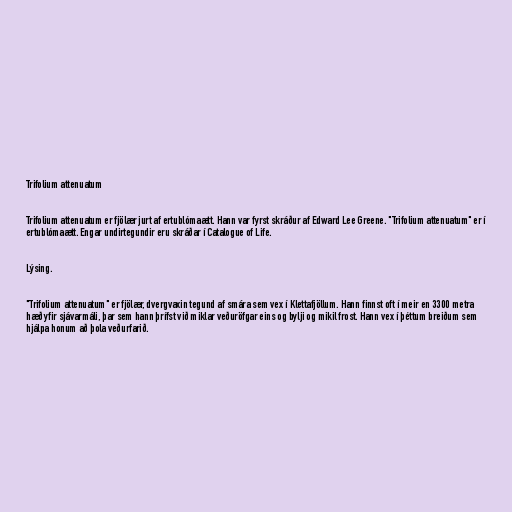
Trifolium attenuatum

Trifolium attenuatum er fjölær jurt af ertublómaætt. Hann var fyrst skráður af Edward Lee Greene. "Trifolium attenuatum" er í
ertublómaætt. Engar undirtegundir eru skráðar í Catalogue of Life.

Lýsing.

"Trifolium attenuatum" er fjölær, dvergvaxin tegund af smára sem vex í Klettafjöllum. Hann finnst oft í meir en 3300 metra
hæð yfir sjávarmáli, þar sem hann þrífst við miklar veðuröfgar eins og bylji og mikil frost. Hann vex í þéttum breiðum sem
hjálpa honum að þola veðurfarið.